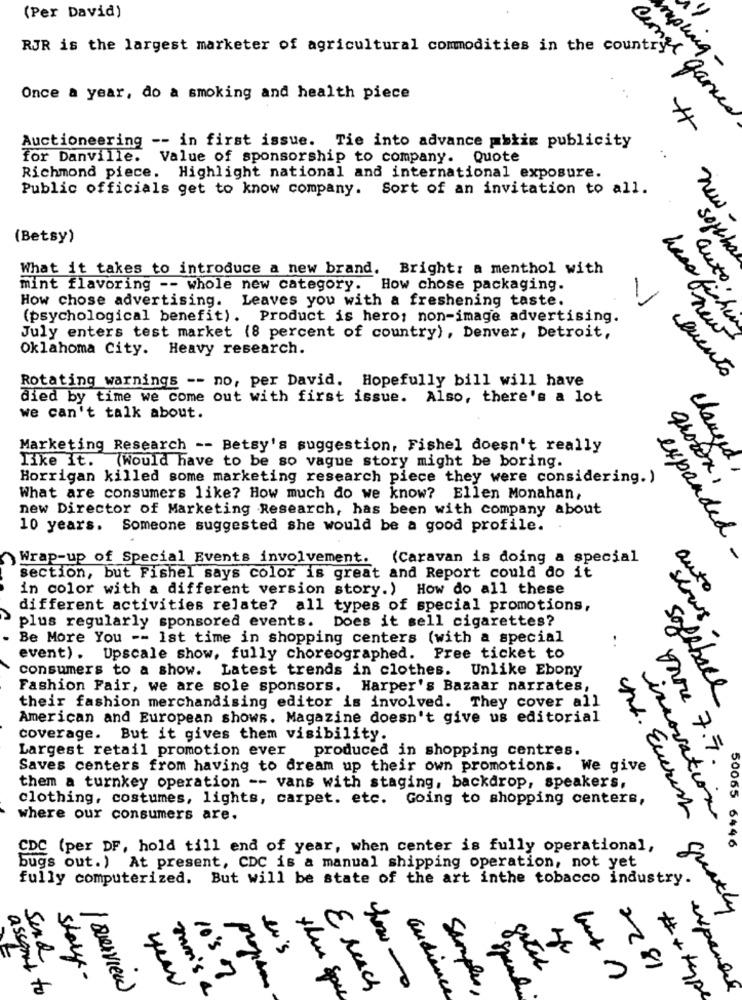
(Per David)
RJR is the largest marketer of agricultural commodities in the country
mouing -
Once a year, do a smoking and health piece
Cange Games
Auctioneering -- in first issue. Tie into advance matiz publicity
..
for Danville. Value of sponsorship to company. Quote
Richmond piece. Highlight national and international exposure.
Public officials get to know company. Sort of an invitation to all.
new
(Betsy)
soft ha
What it takes to introduce a new brand. Bright: a menthol with
mint flavoring -- whole new category. How chose packaging.
auto.
How chose advertising. Leaves you with a freshening taste.
(psychological benefit). Product is hero; non-image advertising.
have fisher
July enters test market (8 percent of country) , Denver, Detroit,
anew
Oklahoma City. Heavy research.
Rotating warnings -- no, per David. Hopefully bill will have
evento
died by time we come out with first issue. Also, there's a lot
we can't talk about.
Marketing Research -- Betsy's suggestion, Fishel doesn't really
changed
like it. (Would have to be so vague story might be boring.
Horrigan killed some marketing research piece they were considering. )
grown,
What are consumers like? How much do we know? Ellen Monahan,
new Director of Marketing Research, has been with company about
10 years. Someone suggested she would be a good profile.
expanded
Wrap-up of Special Events involvement. (Caravan is doing a special
-
section, but Fishel says color is great and Report could do it
in color with a different version story.) How do all these
auto
different activities relate? all types of special promotions,
plus regularly sponsored events. Does it sell cigarettes?
shows
Be More You -- Ist time in shopping centers (with a special
event) . Upscale show, fully choreographed. Pree ticket to
consumers to a show. Latest trends in clothes. Unlike Ebony
Fashion Fair, we are sole sponsors. Harper's Bazaar narrates,
Softball
their fashion merchandising editor is involved. They cover all
American and European shows. Magazine doesn't give us editorial
coverage. But it gives them visibility.
Largest retail promotion ever
produced in shopping centres.
Vare 7.7
Saves centers from having to dream up their own promotions.
We give
them a turnkey operation -- vans with staging, backdrop, speakers,
clothing, costumes, lights, carpet. etc. Going to shopping centers,
where our consumers are.
Mt. Everest
innovation
CDC (per DF, hold till end of year, when center is fully operational,
50065 6446
bugs out.) At present, CDC is a manual shipping operation, not yet
fully computerized. But will be state of the art inthe tobacco industry.
greatly
8
eu's
2281
story-
10's 7
( overview
year
mm's a
program
the spel
E such
Samples
expanded
assend to
audience
# + type